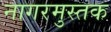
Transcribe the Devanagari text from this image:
नागरमुस्तक